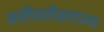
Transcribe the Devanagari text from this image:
क्वींसलैंडराज्य